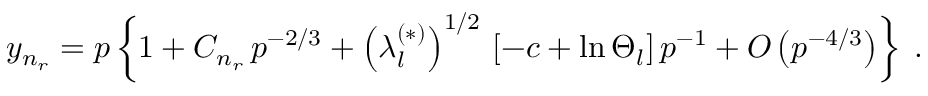
y _ { n _ { r } } = p \left\{ 1 + C _ { n _ { r } } \, p ^ { - 2 / 3 } + \left( \lambda _ { l } ^ { ( \ast ) } \right) ^ { 1 / 2 } \, \left[ - c + \ln \Theta _ { l } \right] p ^ { - 1 } + O \left( p ^ { - 4 / 3 } \right) \right\} \; .